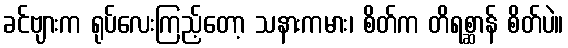
ခင်ဗျားက ရုပ်လေးကြည့်တော့ သနားကမား၊ စိတ်က တိရစ္ဆာန် စိတ်ပဲ။